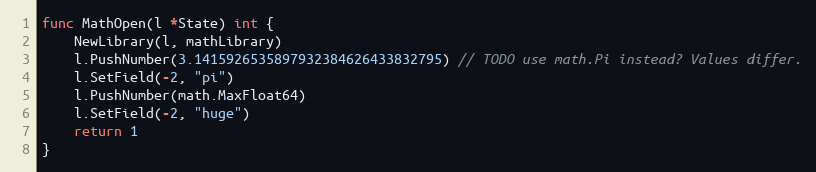
Language: Go
func MathOpen(l *State) int {
	NewLibrary(l, mathLibrary)
	l.PushNumber(3.1415926535897932384626433832795) // TODO use math.Pi instead? Values differ.
	l.SetField(-2, "pi")
	l.PushNumber(math.MaxFloat64)
	l.SetField(-2, "huge")
	return 1
}